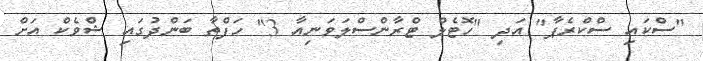
"ސްކައި ސްކްރެޕާ" އަދި "ހޮޓެލް ޓްރާންސްލަވަނިއާ 3" ހަފްތާ ބަންދުގައި ޝްވެކް އަށް